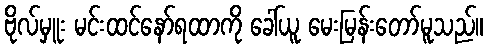
ဗိုလ်မှူး မင်းထင်နော်ရထာကို ခေါ်ယူ မေးမြန်းတော်မူသည်။